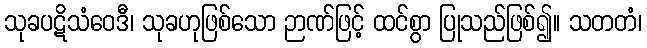
သုခပဋိသံဝေဒီ၊ သုခဟုဖြစ်သော ဉာဏ်ဖြင့် ထင်စွာ ပြုသည်ဖြစ်၍။ သတတံ၊